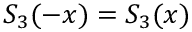
S _ { 3 } ( - x ) = S _ { 3 } ( x )